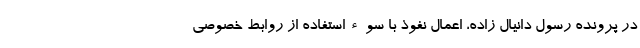
در پرونده رسول دانیال زاده، اعمال نفوذ با سوءاستفاده از روابط خصوصی